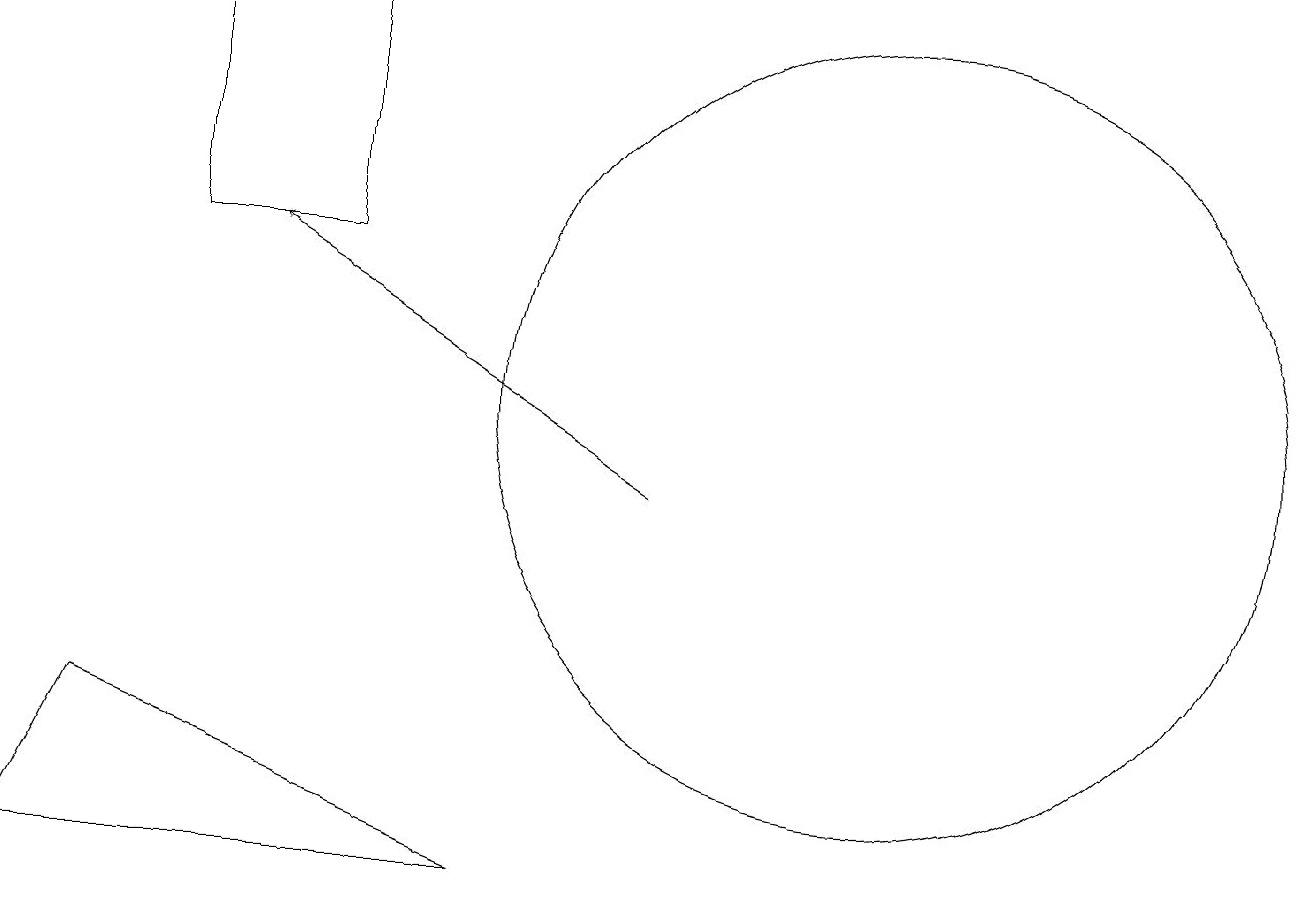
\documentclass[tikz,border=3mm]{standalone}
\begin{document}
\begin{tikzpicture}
\draw (12,11) circle (5);
\draw[->] (9,10) -- (4,13);
\draw (3,13) rectangle (5,16);
\draw (1,5) -- (7,5) -- (2,7) -- cycle;
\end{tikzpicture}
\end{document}